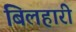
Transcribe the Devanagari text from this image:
बिलहारी